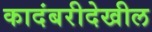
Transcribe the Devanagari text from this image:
कादंबरीदेखील